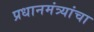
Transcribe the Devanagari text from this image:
प्रधानमंत्र्यांचा